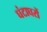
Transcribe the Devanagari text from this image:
घंटाघरों